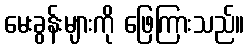
မေးခွန်းများကို ဖြေကြားသည်။